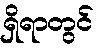
ရှိရာတွင်